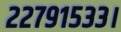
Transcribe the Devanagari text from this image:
२२७९१५३३।